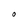
Character: O